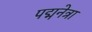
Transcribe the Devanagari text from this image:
पद्मनेत्रा